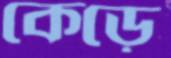
কেড়ে